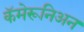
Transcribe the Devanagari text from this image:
कॅमेरूनिअन